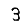
Digit: 3